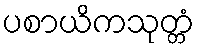
ပစာယိကသုတ္တံ